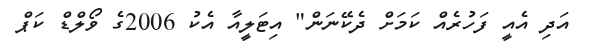
އަދި އެއީ ފަހުރެއް ކަމަށް ދެކޭނަން" އިޓަލީއާ އެކު 2006ގެ ވޯލްޑް ކަޕް